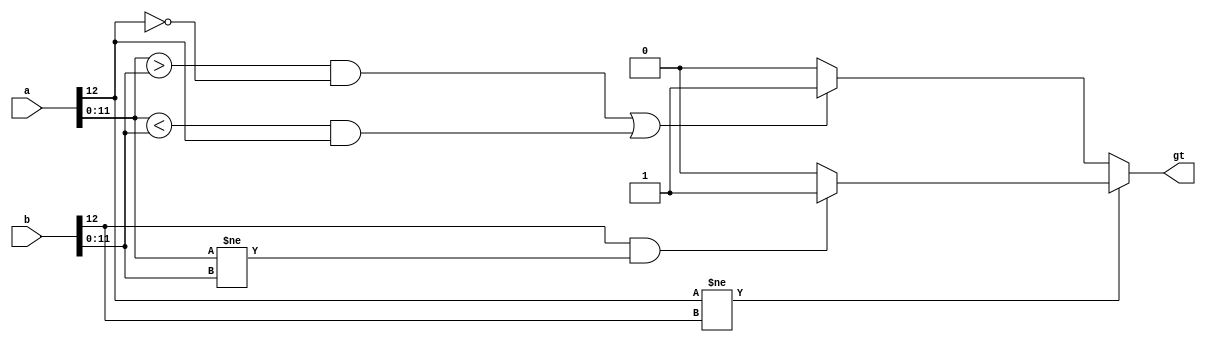
module floating_greater(
    input [12:0] a,   //floating point input a
    input [12:0] b,   //floating point input b
    output reg gt     //outputs 1 when a is greater than b
    );

    always @*
    begin
        if(a[12] != b[12]) //a and b have different signs
            begin
                if(b[12] & (a[11:0] != b[11:0])) //if b is negative(1) and different magnitude, gt set to 1 (a greater)
                    gt = 1'b1;
                else      //if b is positive(0) or same magnitude, gt set to 0 (b greater)
                    gt = 1'b0;
            end
        else //a and b have same sign, compare magnitude (first exp, then significands if same exp)
            begin 
                if(((a[11:0] > b[11:0]) & ~a[12]) | ((a[11:0] < b[11:0]) & a[12])) //if a has larger magnitude than b and positive, or a has smaller magnitude than b and negative then gt is 1
                    gt = 1'b1;
                else                  //in all other cases, gt is 0 
                    gt = 1'b0;
            end
    end
    
endmodule